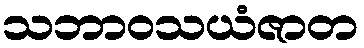
သဘာဝသယံဇာတ